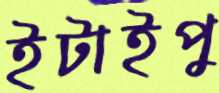
ইটাইপু